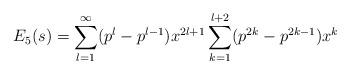
LaTeX: \begin{align*} E_5(s) = \sum_{l=1}^{\infty} (p^l-p^{l-1})x^{2l+1} \sum_{k=1}^{l+2} (p^{2k}-p^{2k-1})x^k \end{align*}